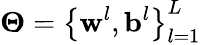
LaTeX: \boldsymbol{\Theta}=\left\{ \mathbf{w}^{l},\mathbf{b}^{l}\right\} _{l=1}^{L}